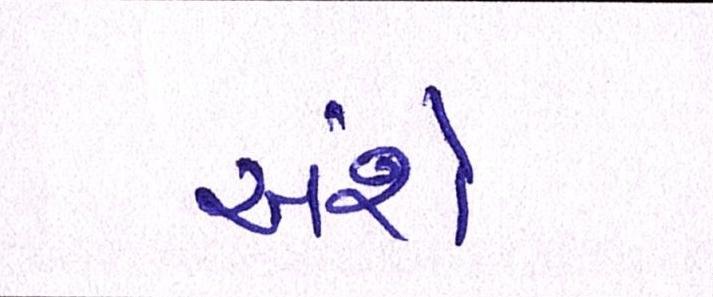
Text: અંશે